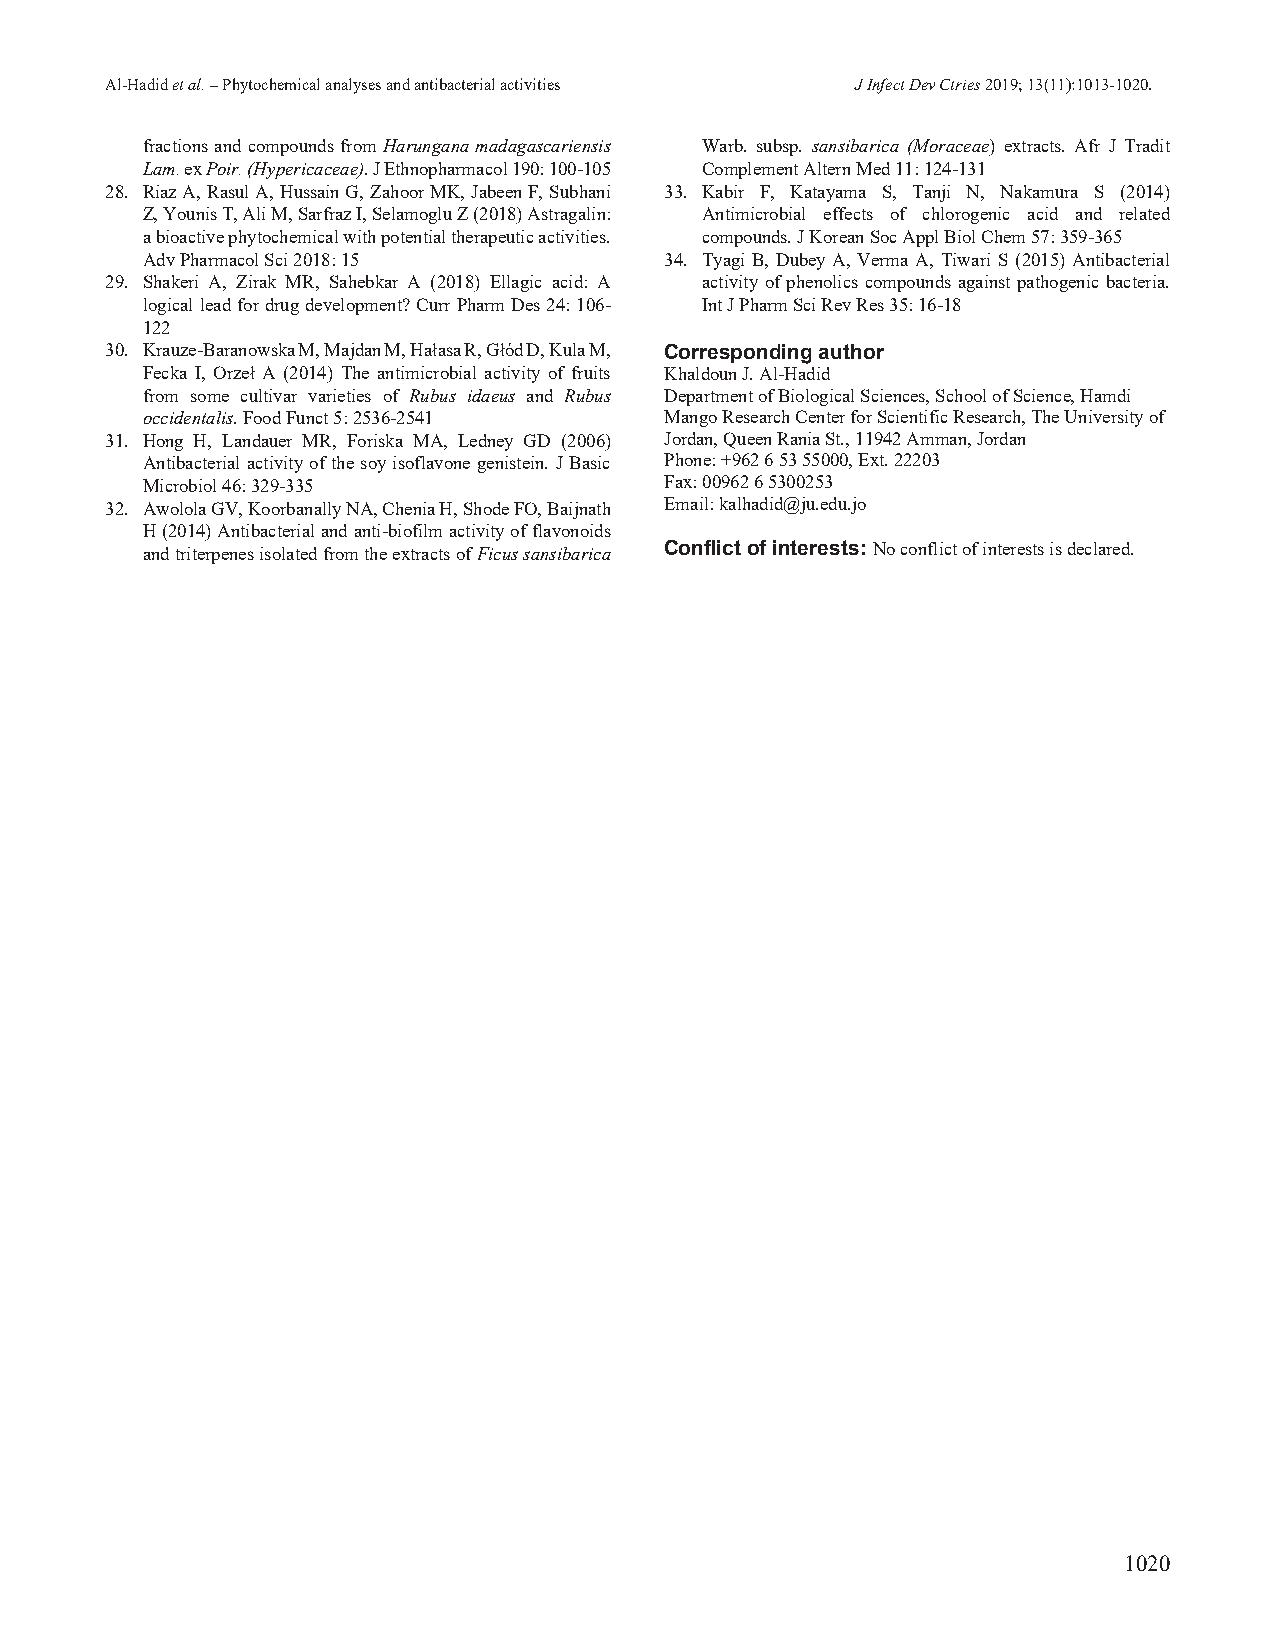
Al-Hadid et al. – Phytochemical analyses and antibacterial activities J Infect Dev Ctries 2019; 13(11):1013-1020.
 fractions and compounds from Harungana madagascariensis Warb. subsp. sansibarica (Moraceae) extracts. Afr J Tradit
 Lam. ex Poir. (Hypericaceae). J Ethnopharmacol 190: 100-105 Complement Altern Med 11: 124-131
 28. Riaz A, Rasul A, Hussain G, Zahoor MK, Jabeen F, Subhani 33. Kabir F, Katayama S, Tanji N, Nakamura S (2014)
 Z, Younis T, Ali M, Sarfraz I, Selamoglu Z (2018) Astragalin: Antimicrobial effects of chlorogenic acid and related
 a bioactive phytochemical with potential therapeutic activities. compounds. J Korean Soc Appl Biol Chem 57: 359-365
 Adv Pharmacol Sci 2018: 15         34. Tyagi B, Dubey A, Verma A, Tiwari S (2015) Antibacterial
 29. Shakeri A, Zirak MR, Sahebkar A (2018) Ellagic acid: A activity of phenolics compounds against pathogenic bacteria.
 logical lead for drug development? Curr Pharm Des 24: 106- Int J Pharm Sci Rev Res 35: 16-18
 122
 30. Krauze-Baranowska M, Majdan M, Hałasa R, Głód D, Kula M, Corresponding author
 Fecka I, Orzeł A (2014) The antimicrobial activity of fruits Khaldoun J. Al-Hadid
 from some cultivar varieties of Rubus idaeus and Rubus Department of Biological Sciences, School of Science, Hamdi
 occidentalis. Food Funct 5: 2536-2541 Mango Research Center for Scientific Research, The University of
 31. Hong H, Landauer MR, Foriska MA, Ledney GD (2006) Jordan, Queen Rania St., 11942 Amman, Jordan
 Antibacterial activity of the soy isoflavone genistein. J Basic Phone: +962 6 53 55000, Ext. 22203
 Microbiol 46: 329-335              Fax: 00962 6 5300253
 32. Awolola GV, Koorbanally NA, Chenia H, Shode FO, Baijnath Email: kalhadid@ju.edu.jo
 H (2014) Antibacterial and anti-biofilm activity of flavonoids
 and triterpenes isolated from the extracts of Ficus sansibarica Conflict of interests: No conflict of interests is declared.
 1020